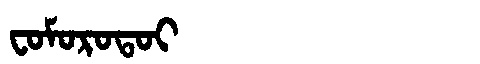
Manchu: ᠸᠣᠮᠣᡵᠣᡨᠣᡳ
Romanization: FOMOROTOI